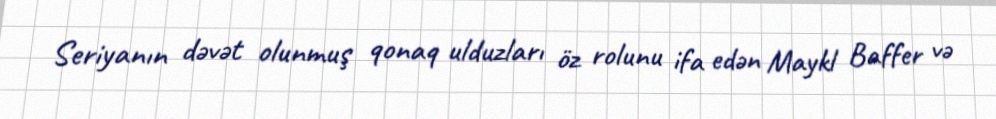
Seriyanın dəvət olunmuş qonaq ulduzları öz rolunu ifa edən Maykl Baffer və